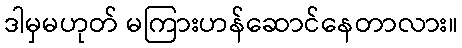
ဒါမှမဟုတ် မကြားဟန်ဆောင်နေတာလား။